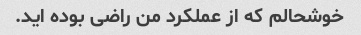
خوشحالم که از عملکرد من راضی بوده اید.